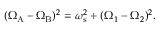
\begin{array} { r } { ( \Omega _ { \mathrm { A } } - \Omega _ { \mathrm { B } } ) ^ { 2 } = \omega _ { \mathrm { s } } ^ { 2 } + ( \Omega _ { 1 } - \Omega _ { 2 } ) ^ { 2 } . } \end{array}